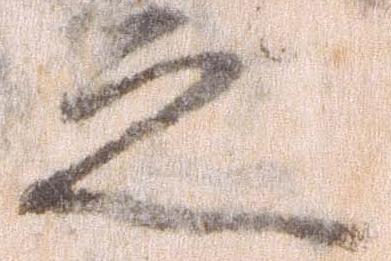
之